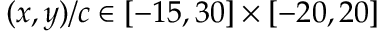
( x , y ) / c \in [ - 1 5 , 3 0 ] \times [ - 2 0 , 2 0 ]